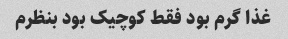
غذا گرم بود فقط کوچیک بود بنظرم